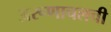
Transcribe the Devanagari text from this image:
अरूणाचलची